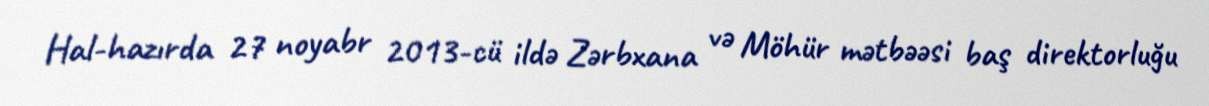
Hal-hazırda 27 noyabr 2013-cü ildə Zərbxana və Möhür mətbəəsi baş direktorluğu